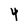
Character: 4